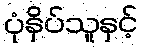
ပုံနှိပ်သူနှင့်